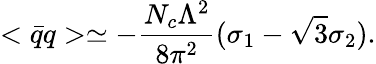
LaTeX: <\bar{q}q>\simeq-\frac{N_{c}\Lambda^{2}}{8\pi^{2}}(\sigma_{1}-\sqrt{3}\sigma_{2}).